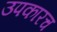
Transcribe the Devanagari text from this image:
उपकारच